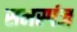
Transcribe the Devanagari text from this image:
समस्पंज